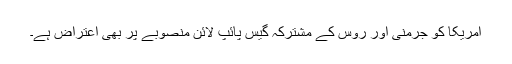
امریکا کو جرمنی اور روس کے مشترکہ گیس پائپ لائن منصوبے پر بھی اعتراض ہے۔